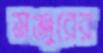
মঞ্জুরের